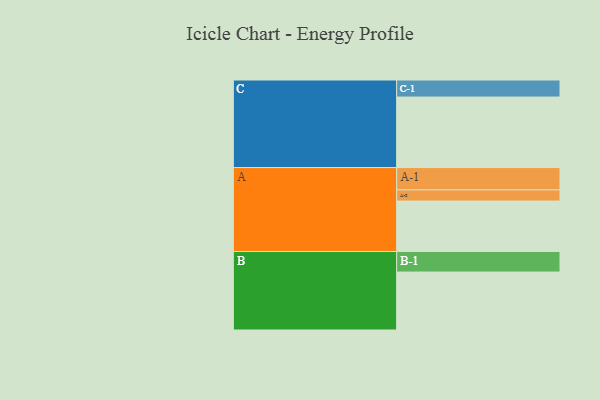
{"axis": {"x": "Segment", "y": "Value"}, "legend": ["", "A", "B", "C"], "data": [{"x": "A", "y": 429, "type": ""}, {"x": "B", "y": 493, "type": ""}, {"x": "C", "y": 600, "type": ""}, {"x": "A-1", "y": 190, "type": "A"}, {"x": "A-2", "y": 95, "type": "A"}, {"x": "B-1", "y": 175, "type": "B"}, {"x": "C-1", "y": 145, "type": "C"}]}